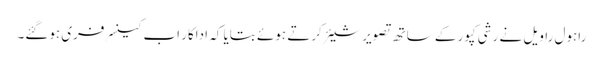
راہول راویل نے رشی کپور کے ساتھ تصویر شیئر کرتے ہوئے بتایا کہ اداکار اب کینسر فری ہوگئے۔